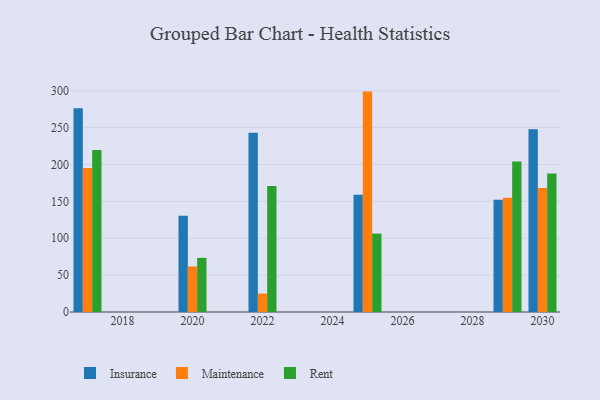
{"axis": {"x": "Year", "y": "Backlog"}, "legend": ["Insurance", "Maintenance", "Rent"], "data": [{"x": "2029", "y": 152.3, "type": "Insurance"}, {"x": "2029", "y": 155.0, "type": "Maintenance"}, {"x": "2029", "y": 204.1, "type": "Rent"}, {"x": "2022", "y": 243.2, "type": "Insurance"}, {"x": "2022", "y": 25.0, "type": "Maintenance"}, {"x": "2022", "y": 170.9, "type": "Rent"}, {"x": "2025", "y": 158.9, "type": "Insurance"}, {"x": "2025", "y": 298.9, "type": "Maintenance"}, {"x": "2025", "y": 106.3, "type": "Rent"}, {"x": "2030", "y": 248.0, "type": "Insurance"}, {"x": "2030", "y": 168.0, "type": "Maintenance"}, {"x": "2030", "y": 187.9, "type": "Rent"}, {"x": "2020", "y": 130.4, "type": "Insurance"}, {"x": "2020", "y": 61.8, "type": "Maintenance"}, {"x": "2020", "y": 73.4, "type": "Rent"}, {"x": "2017", "y": 276.2, "type": "Insurance"}, {"x": "2017", "y": 195.4, "type": "Maintenance"}, {"x": "2017", "y": 219.6, "type": "Rent"}]}